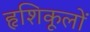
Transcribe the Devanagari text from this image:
हृशिकूलों